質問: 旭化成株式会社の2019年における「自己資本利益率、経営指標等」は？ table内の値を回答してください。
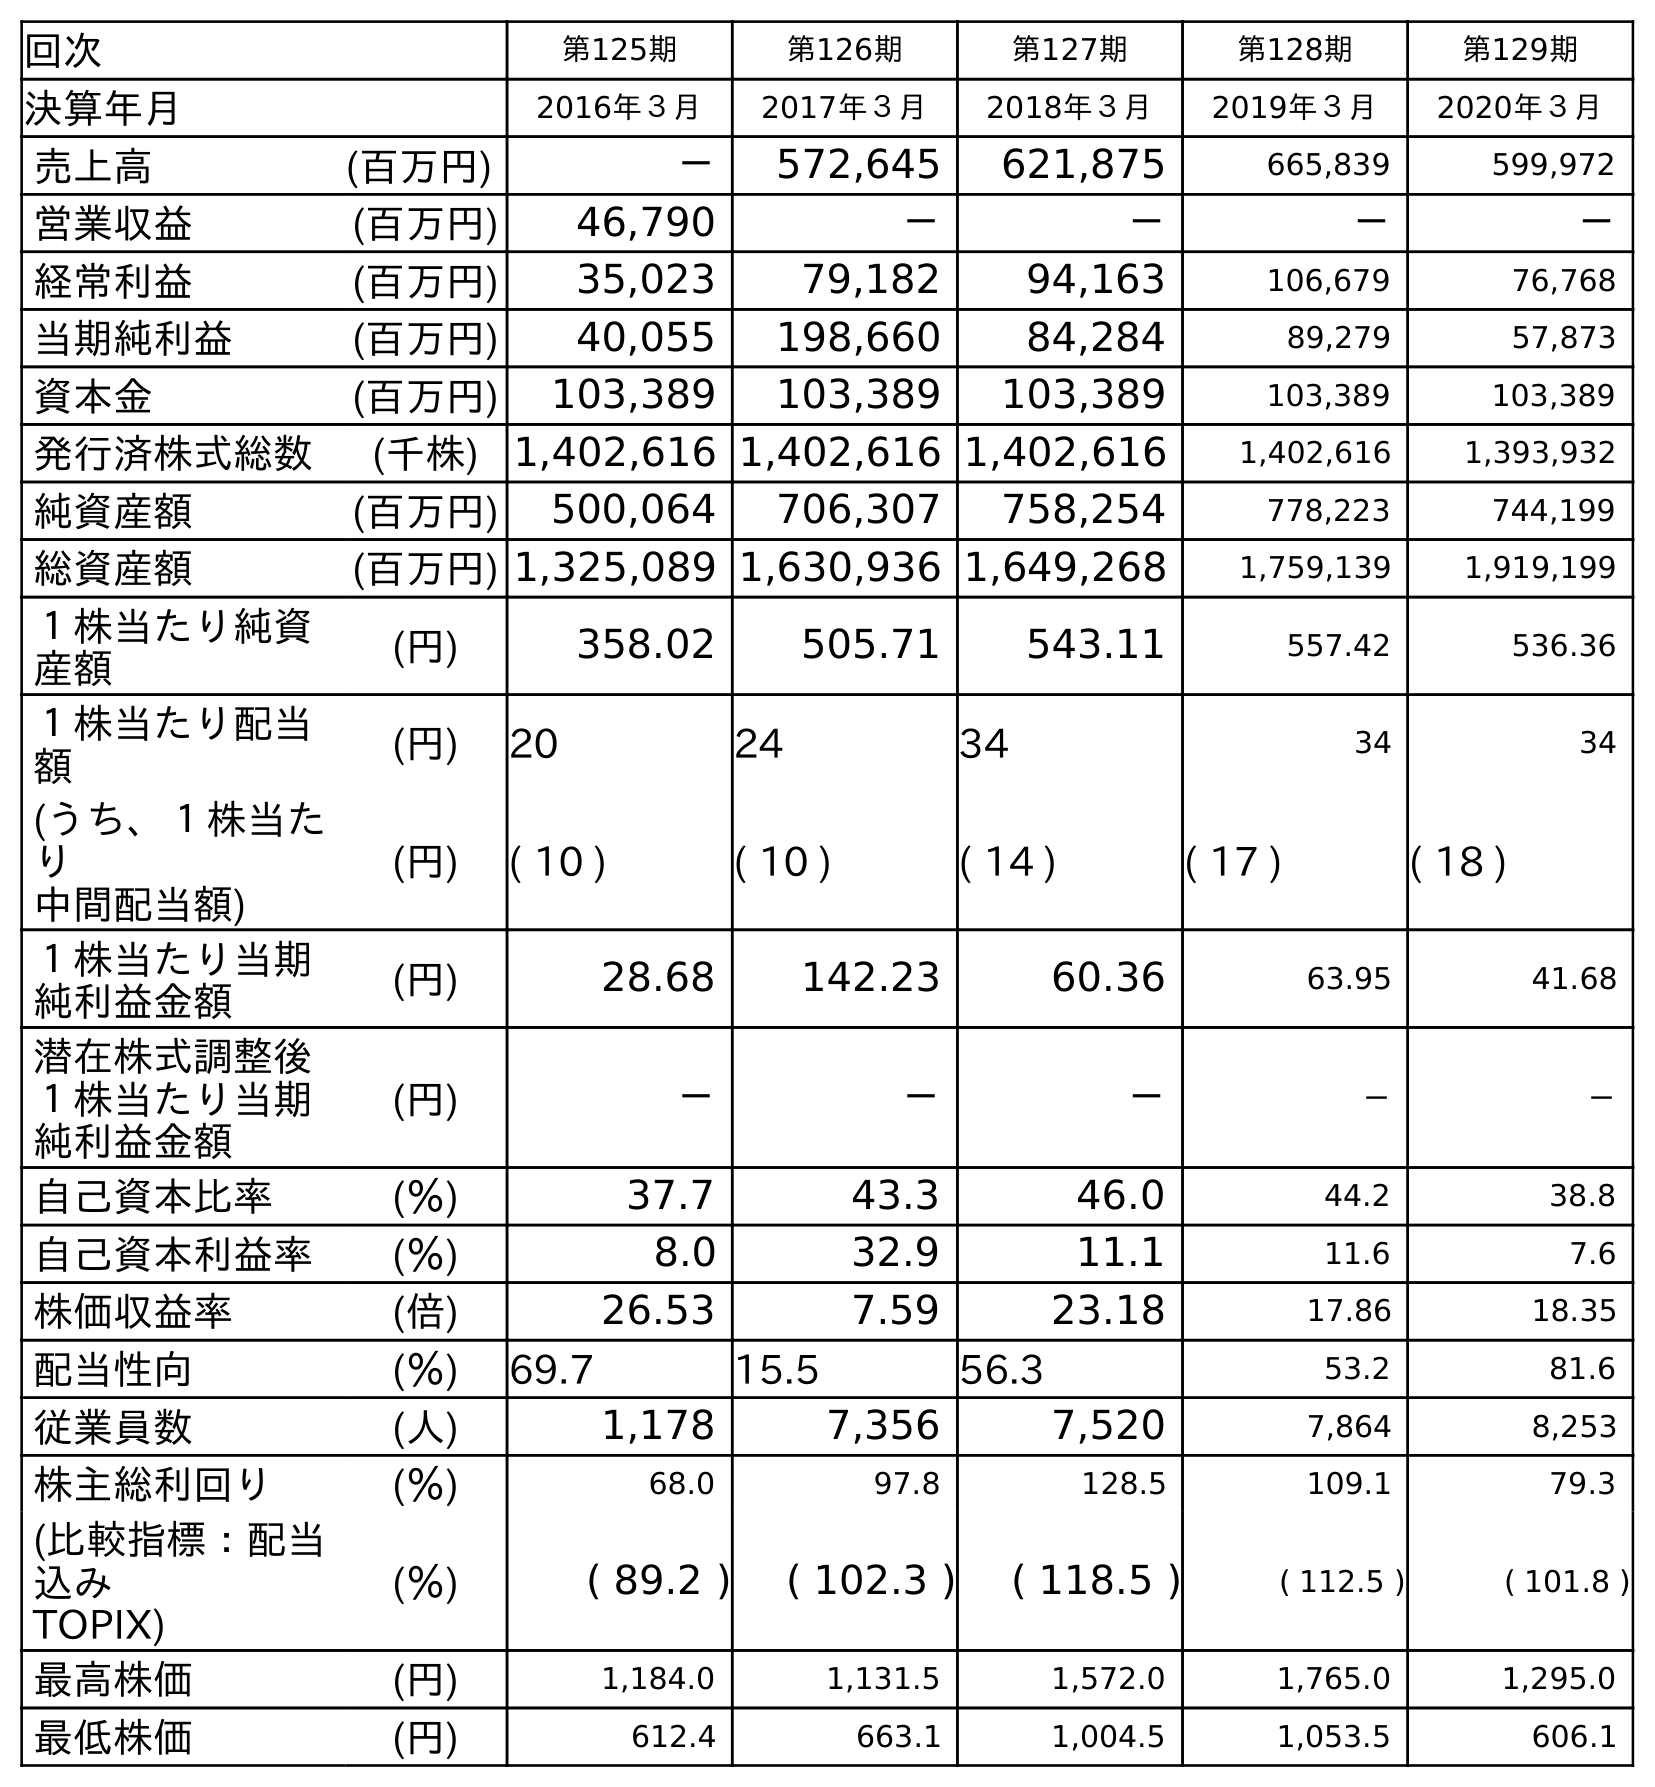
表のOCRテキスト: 回次 第125期 第126期 第127期 第128期 第129期 決算年月 2016年３月 2017年３月 2018年３月 2019年３月 2020年３月 売上高 (百万円) － 572,645 621,875 665,839 599,972 営業収益 (百万円) 46,790 － － － － 経常利益 (百万円) 35,023 79,182 94,163 106,679 76,768 当期純利益 (百万円) 40,055 198,660 84,284 89,279 57,873 資本金 (百万円) 103,389 103,389 103,389 103,389 103,389 発行済株式総数 (千株) 1,402,616 1,402,616 1,402,616 1,402,616 1,393,932 純資産額 (百万円) 500,064 706,307 758,254 778,223 744,199 総資産額 (百万円) 1,325,089 1,630,936 1,649,268 1,759,139 1,919,199 １株当たり純資 産額 (円) 358.02 505.71 543.11 557.42 536.36 １株当たり配当 額 (円) 20 24 34 34 34 (うち、１株当た り 中間配当額) (円) ( 10 ) ( 10 ) ( 14 ) ( 17 ) ( 18 ) １株当たり当期 純利益金額 (円) 28.68 142.23 60.36 63.95 41.68 潜在株式調整後 １株当たり当期 純利益金額 (円) － － － － － 自己資本比率 (％) 37.7 43.3 46.0 44.2 38.8 自己資本利益率 (％) 8.0 32.9 11.1 11.6 7.6 株価収益率 (倍) 26.53 7.59 23.18 17.86 18.35 配当性向 (％) 69.7 15.5 56.3 53.2 81.6 従業員数 (人) 1,178 7,356 7,520 7,864 8,253 株主総利回り (％) 68.0 97.8 128.5 109.1 79.3 (比較指標：配当 込み TOPIX) (％) ( 89.2 ) ( 102.3 ) ( 118.5 ) ( 112.5 ) ( 101.8 ) 最高株価 (円) 1,184.0 1,131.5 1,572.0 1,765.0 1,295.0 最低株価 (円) 612.4 663.1 1,004.5 1,053.5 606.1
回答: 11.6